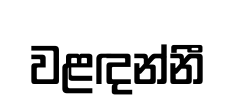
වළඳන්නී